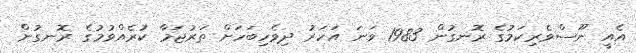
އެއީ ނޫސްވެރިކަމުގެ ރޮނގުން 1983 ވަނަ އަހަރު ދިވެހިބަހަށް ތަރުޖަމާ ކުރެއްވުމުގެ ރޮނގުން